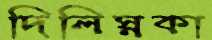
দিলিস্নকা